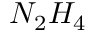
N _ { 2 } H _ { 4 }